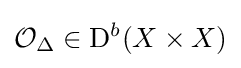
{\mathcal {O}}_{\Delta }\in \mathrm {D} ^{b}(X\times X)